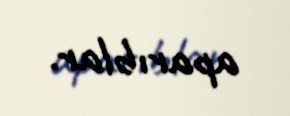
aparıblar.